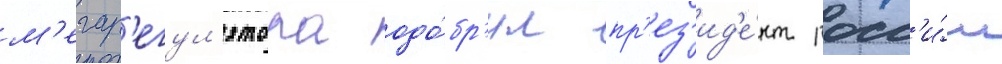
м'егар'егул'ятора одо́бр'ил пр'ез'ид'е́нт росс'и́и